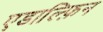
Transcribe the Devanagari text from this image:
एडाल्फ़िन